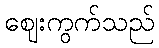
ဈေးကွက်သည်